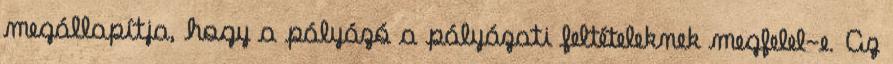
megállapítja, hogy a pályázó a pályázati feltételeknek megfelel-e. Az